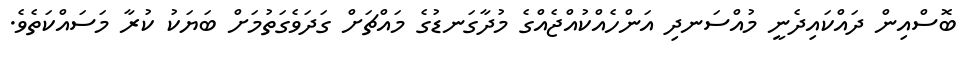
ބޮސްއިން ދައްކައިދެނީ މުއްސަނދި އަންހެއްކުއްޖެއްގެ މުދާގަނޑުގެ މައްޗަށް ގަދަވެގަތުމަށް ބަޔަކު ކުރާ މަސައްކަތެވެ.